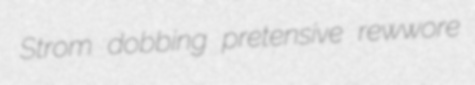
Strom dobbing pretensive rewwore